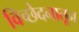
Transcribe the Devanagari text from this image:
विच्छेदनातून